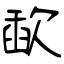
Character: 歃